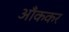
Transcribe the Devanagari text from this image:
आँककर